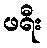
ဖရီး